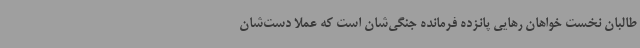
طالبان نخست خواهان رهایی پانزده فرمانده جنگی‌شان‌ است که عملا دست‌شان